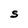
Character: S